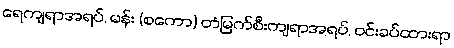
ရေကျရာအရပ်, မန်း (စကော) တံမြက်စီးကျရာအရပ်, ဝင်းခပ်ထားရာ